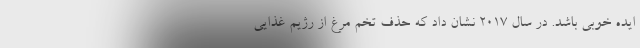
ایده خوبی باشد. در سال 2017 نشان داد که حذف تخم مرغ از رژیم غذایی